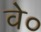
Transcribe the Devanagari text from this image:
वे०